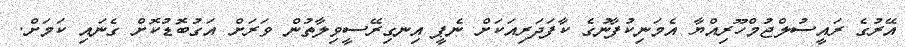
އޭރުގެ ރައީސުލްޖުމްހޫރިއްޔާ އެމަނިކުފާނުގެ ކާފަދަރިއަކަށް ނެޕީ އިނގިރޭސީވިލާތުން ވަރަށް އަގުބޮޑުކޮށް ގެނައި ކަމަށް.